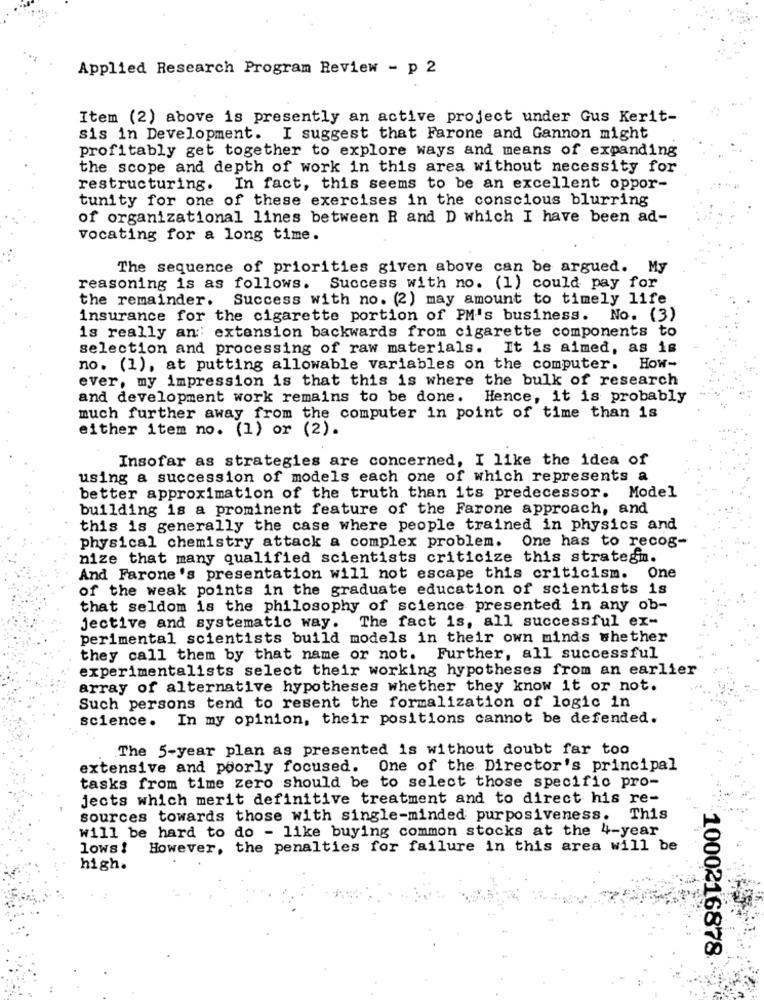
Applied Research Program Review - p 2
Item (2) above is presently an active project under Gus Kerit-
sis in Development. I suggest that Farone and Gannon might
profitably get together to explore ways and means of expanding
the scope and depth of work in this area without necessity for
restructuring. In fact, this seems to be an excellent oppor-
tunity for one of these exercises in the conscious blurring
of organizational lines between R and D which I have been ad-
vocating for a long time.
The sequence of priorities given above can be argued. My
reasoning is as follows.
Success with no. (1) could pay for
the remainder.
Success with no. (2) may amount to timely life
insurance for the cigarette portion of PM's business. No. (3)
is really an extension backwards from cigarette components to
selection and processing of raw materials. It is aimed, as is
no. (1), at putting allowable variables on the computer. How-
ever, my impression is that this is where the bulk of research
and development work remains to be done.
Hence, it is probably
much further away from the computer in point of time than is
either item no. (1) or (2).
Insofar as strategies are concerned, I like the idea of
using a succession of models each one of which represents a
better approximation of the truth than its predecessor. Model
building is a prominent feature of the Farone approach, and
this is generally the case where people trained in physics and
physical chemistry attack a complex problem. One has to recog-
nize that many qualified scientists criticize this strategm.
And Farone's presentation will not escape this criticism. One
of the weak points in the graduate education of scientists is
that seldom is the philosophy of science presented in any ob-
jective and systematic way. The fact is, all successful ex-
perimental scientists build models in their own minds whether
they call them by that name or not. Further, all successful
experimentalists select their working hypotheses from an earlier
array of alternative hypotheses whether they know it or not.
Such persons tend to resent the formalization of logic in
science.
In my opinion, their positions cannot be defended.
The 5-year plan as presented is without doubt far too
extensive and poorly focused. One of the Director's principal
tasks from time zero should be to select those specific pro-
jects which merit definitive treatment and to direct his re-
sources towards those with single-minded purposiveness. This
will be hard to do - like buying common stocks at the 4-year
lows !
However, the penalties for failure in this area will be
high.
1000216878